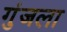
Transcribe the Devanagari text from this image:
गुंजला